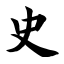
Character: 史